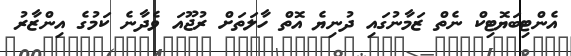
އެންޓިބަޔޮޓިކް ނެތް ޒަމާނުގައި ދުނިޔެ އޮތް ހާލަތަށް ރުޖޫއަ ވެދާނެ ކަމުގެ އިންޒާރު